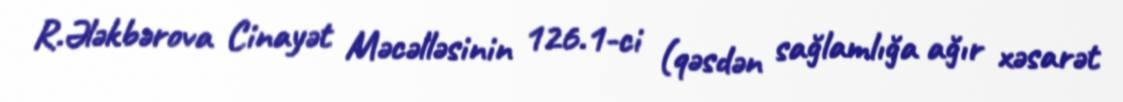
R.Ələkbərova Cinayət Məcəlləsinin 126.1-ci (qəsdən sağlamlığa ağır xəsarət